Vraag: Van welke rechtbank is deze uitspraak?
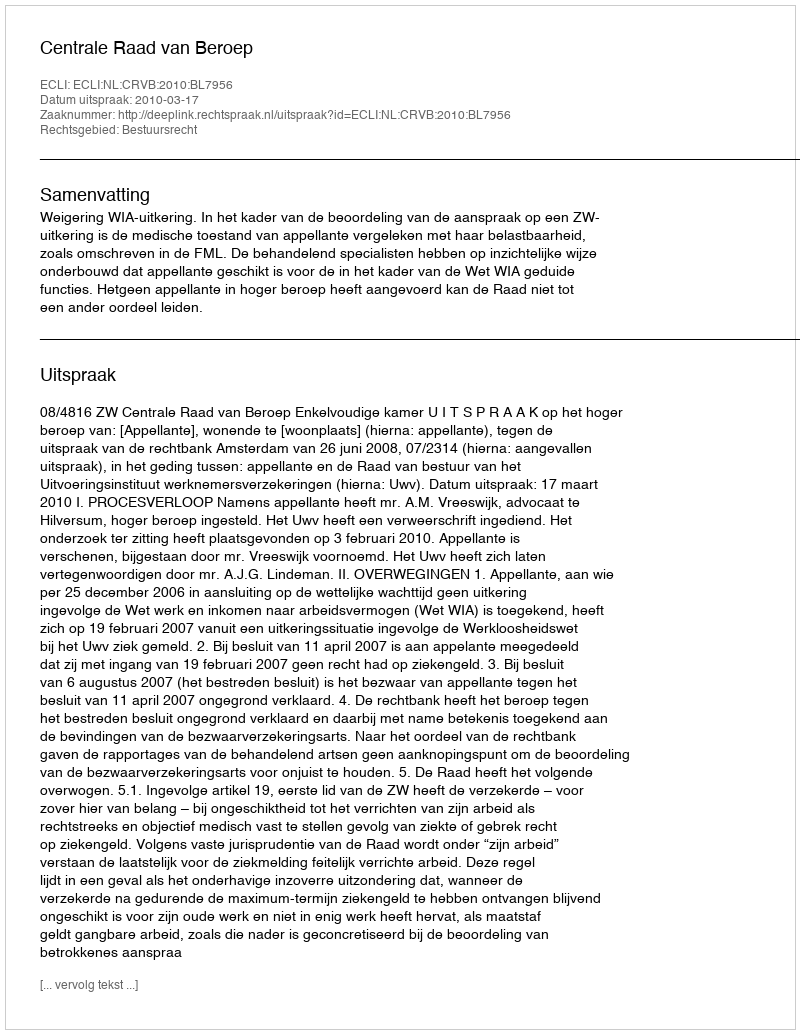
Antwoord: Centrale Raad van Beroep